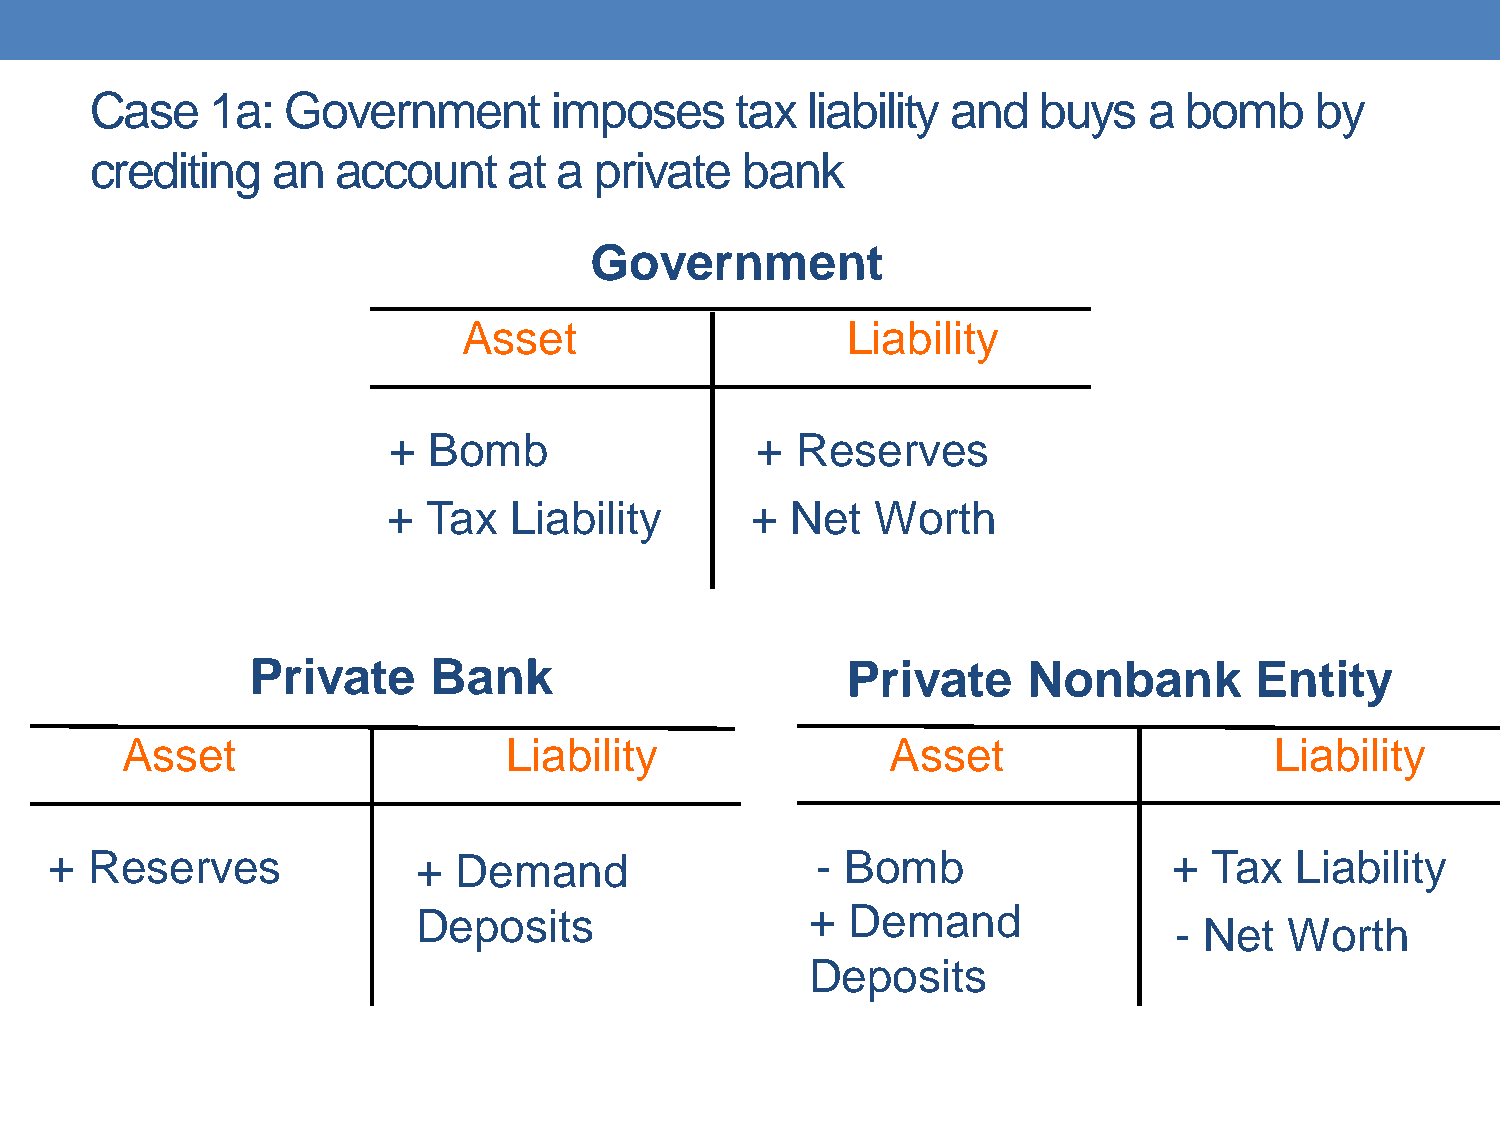
Case    1a:  Government        imposes     tax liability and   buys   a  bomb    by
 crediting   an  account     at a private   bank
 Government
 Asset                    Liability
 + Bomb                  +  Reserves
 + Tax   Liability       + Net   Worth
 Private    Bank                        Private     Nonbank        Entity
 Asset                     Liability                Asset                    Liability
 +  Reserves              + Demand                  - Bomb                  + Tax   Liability
 Deposits                  + Demand
 - Net  Worth
 Deposits